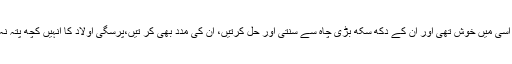
اماں اسی میں خوش تھی اور ان کے دکھ سکھ بڑی چاہ سے سنتی اور حل کرتیں، ان کی مدد بھی کر تیں،پرسگی اولاد کا انہیں کچھ پتہ نہ تھا۔